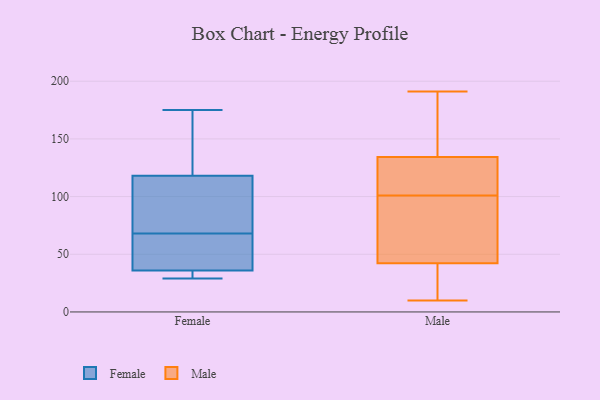
{"axis": {"x": "Market Share (%)", "y": "Value"}, "legend": ["Female", "Male"], "data": [{"x": "", "y": 36, "type": "Female"}, {"x": "", "y": 75, "type": "Female"}, {"x": "", "y": 101, "type": "Female"}, {"x": "", "y": 147, "type": "Female"}, {"x": "", "y": 36, "type": "Female"}, {"x": "", "y": 65, "type": "Female"}, {"x": "", "y": 29, "type": "Female"}, {"x": "", "y": 36, "type": "Female"}, {"x": "", "y": 135, "type": "Female"}, {"x": "", "y": 71, "type": "Female"}, {"x": "", "y": 44, "type": "Female"}, {"x": "", "y": 175, "type": "Female"}, {"x": "", "y": 46, "type": "Male"}, {"x": "", "y": 191, "type": "Male"}, {"x": "", "y": 18, "type": "Male"}, {"x": "", "y": 114, "type": "Male"}, {"x": "", "y": 150, "type": "Male"}, {"x": "", "y": 50, "type": "Male"}, {"x": "", "y": 112, "type": "Male"}, {"x": "", "y": 40, "type": "Male"}, {"x": "", "y": 101, "type": "Male"}, {"x": "", "y": 32, "type": "Male"}, {"x": "", "y": 10, "type": "Male"}, {"x": "", "y": 75, "type": "Male"}, {"x": "", "y": 43, "type": "Male"}, {"x": "", "y": 141, "type": "Male"}, {"x": "", "y": 123, "type": "Male"}, {"x": "", "y": 132, "type": "Male"}, {"x": "", "y": 150, "type": "Male"}]}